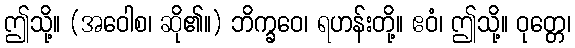
ဤသို့။ (အဝေါစ၊ ဆို၏။) ဘိက္ခဝေ၊ ရဟန်းတို့။ ဧဝံ၊ ဤသို့။ ဝုတ္တေ၊